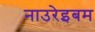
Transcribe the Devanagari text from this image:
नाउरेइबम